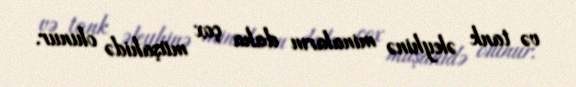
və tank əleyhinə minaların daha çox müşahidə olunur.